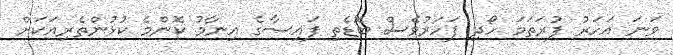
ވަނަ އަހަރު ފުރަތަމަ ހޯދި ފަހަރުވެސް ބޮޑެތި ފައިސާގެ އިނާމު ކޮންމެ ކުޅުންތެރިއަކަށް